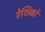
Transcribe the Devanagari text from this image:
रेशिको